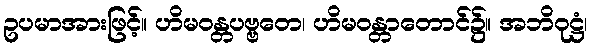
ဥပမာအားဖြင့်။ ဟိမဝန္တပဗ္ဗတေ၊ ဟိမဝန္တာတောင်၌။ အဘိဝုဋ္ဌံ၊